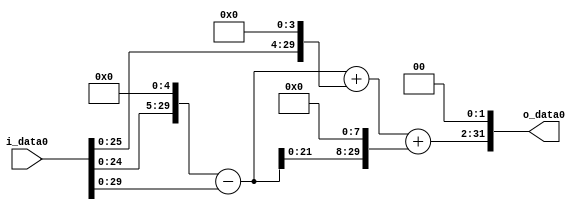
module multiplier_block_95 (
    i_data0,
    o_data0
);
  input   [31:0] i_data0;
  output  [31:0]
    o_data0;
  wire [31:0]
    w1,
    w32,
    w31,
    w16,
    w47,
    w7936,
    w7983,
    w31932;
  assign w1 = i_data0;
  assign w16 = w1 << 4;
  assign w31 = w32 - w1;
  assign w31932 = w7983 << 2;
  assign w32 = w1 << 5;
  assign w47 = w31 + w16;
  assign w7936 = w31 << 8;
  assign w7983 = w47 + w7936;
  assign o_data0 = w31932;
endmodule